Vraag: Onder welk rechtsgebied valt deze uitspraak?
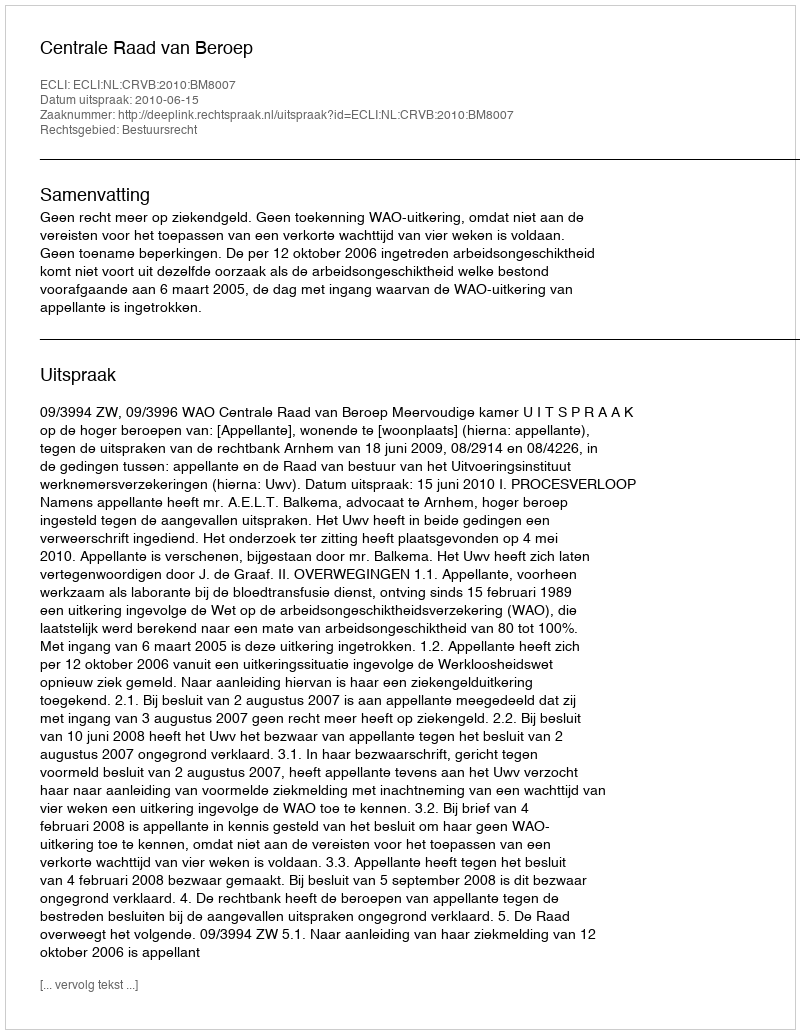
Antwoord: Bestuursrecht